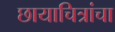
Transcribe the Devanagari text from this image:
छायाचित्रांचा